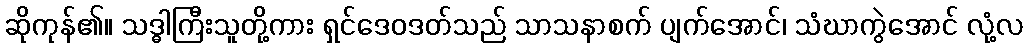
ဆိုကုန်၏။ သဒ္ဓါကြီးသူတို့ကား ရှင်ဒေဝဒတ်သည် သာသနာစက် ပျက်အောင်၊ သံဃာကွဲအောင် လုံ့လ